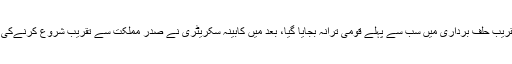
ایوان صدر میں تقریب حلف برداری میں سب سے پہلے قومی ترانہ بجایا گیا، بعد میں کابینہ سکریٹری نے صدر مملکت سے تقریب شروع کرنےکی اجازت طلب کی۔